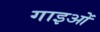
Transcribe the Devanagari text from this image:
गाइओं